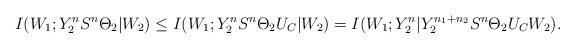
LaTeX: \begin{align*}I(W_1;Y_2^nS^n\Theta_2|W_2) &\leq I(W_1;Y_2^nS^n\Theta_2U_C|W_2)= I(W_1;Y_2^n|Y_2^{n_1+n_2}S^n\Theta_2U_CW_2). \end{align*}